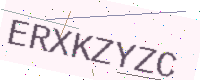
Text: ERXKZYZC